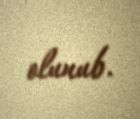
olunub.